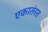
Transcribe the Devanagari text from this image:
एकातंरत